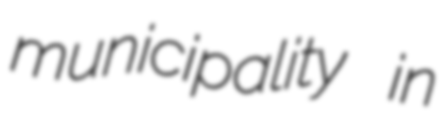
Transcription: municipality in